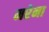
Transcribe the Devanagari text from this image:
मरेना